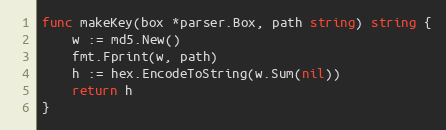
Language: Go
func makeKey(box *parser.Box, path string) string {
	w := md5.New()
	fmt.Fprint(w, path)
	h := hex.EncodeToString(w.Sum(nil))
	return h
}